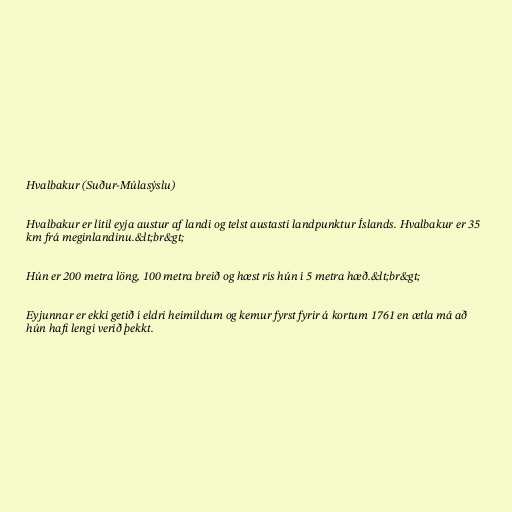
Hvalbakur (Suður-Múlasýslu)

Hvalbakur er lítil eyja austur af landi og telst austasti landpunktur Íslands. Hvalbakur er 35
km frá meginlandinu.&lt;br&gt;

Hún er 200 metra löng, 100 metra breið og hæst rís hún í 5 metra hæð.&lt;br&gt;

Eyjunnar er ekki getið í eldri heimildum og kemur fyrst fyrir á kortum 1761 en ætla má að
hún hafi lengi verið þekkt.